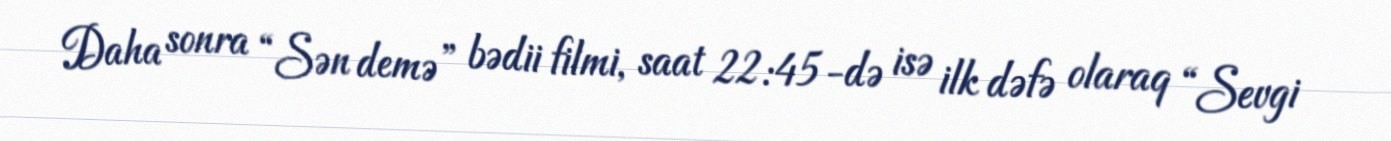
Daha sonra “Sən demə” bədii filmi, saat 22:45-də isə ilk dəfə olaraq “Sevgi